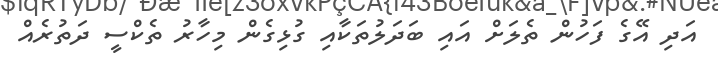
އަދި އޭގެ ފަހުން ތެލަށް އައި ބަދަލުތަކާއި ގުޅިގެން މިހާރު ތެކްސީ ދަތުރެއް